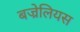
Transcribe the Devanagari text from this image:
बज्रेलियस